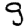
Digit: 9